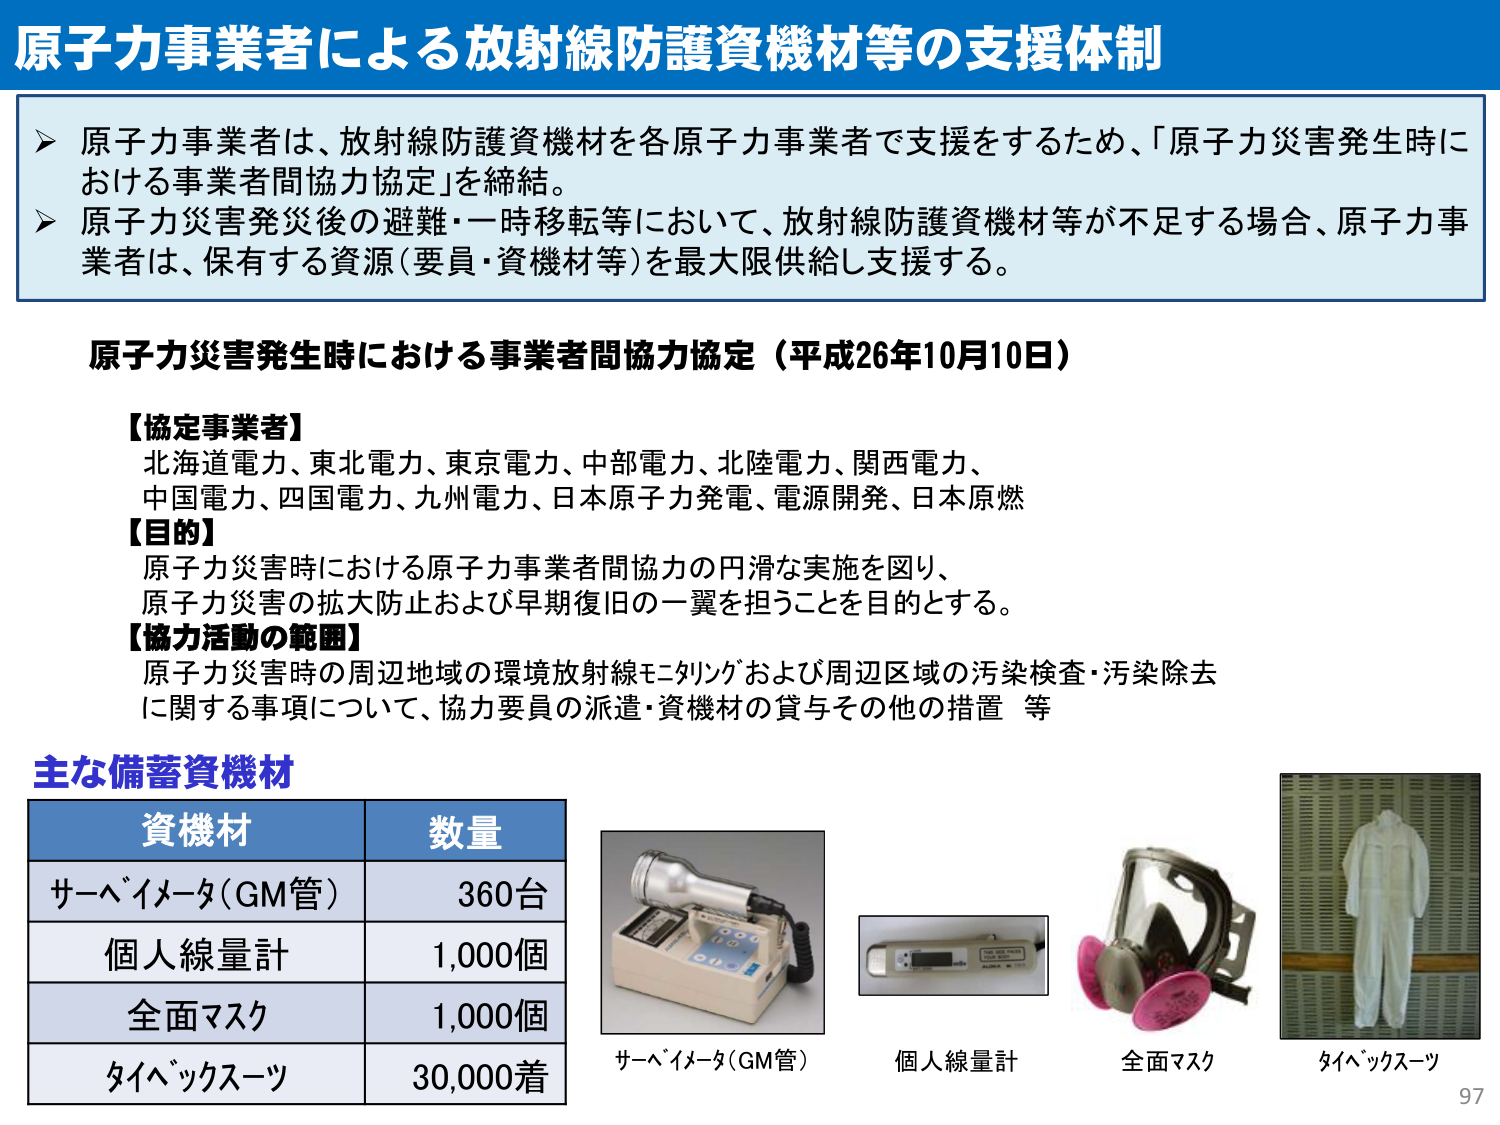
原子力事業者による放射線防護資機材等の支援体制

➤ 原子力事業者は、放射線防護資機材を各原子力事業者で支援をするため、「原子力災害発生時における事業者間協力協定」を締結。
➤ 原子力災害発災後の避難・一時移転等において、放射線防護資機材等が不足する場合、原子力事業者は、保有する資源（要員・資機材等）を最大限供給し支援する。

原子力災害発生時における事業者間協力協定（平成26年10月10日）

【協定事業者】
北海道電力、東北電力、東京電力、中部電力、北陸電力、関西電力、
中国電力、四国電力、九州電力、日本原子力発電、電源開発、日本原燃

【目的】
原子力災害時における原子力事業者間協力の円滑な実施を図り、
原子力災害の拡大防止および早期復旧の一翼を担うことを目的とする。

【協力活動の範囲】
原子力災害時の周辺地域の環境放射線モニタリングおよび周辺区域の汚染検査・汚染除去
に関する事項について、協力要員の派遣・資機材の貸与その他の措置 等

主な備蓄資機材

資機材　　　　　数量
サーベイメータ（GM管）　　360台
個人線量計　　　　　　1,000個
全面マスク　　　　　　1,000個
タイベックススーツ　　30,000着

サーベイメータ（GM管）
個人線量計
全面マスク
タイベックススーツ

97